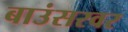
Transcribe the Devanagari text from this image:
बाउंसरवर